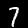
Digit: 7